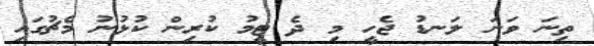
ތިނަ ވަނަ ލަނޑު ޖެހީ މި ދެ ޓީމު ކުރިން ކުޅުނު މެޗުގައި